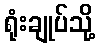
ရုံးချုပ်သို့